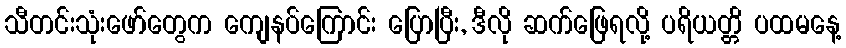
သီတင်းသုံးဖော်တွေက ကျေနပ်ကြောင်း ပြောပြီး, ဒီလို ဆက်ဖြေရလို့ ပရိယတ္တိ ပထမနေ့